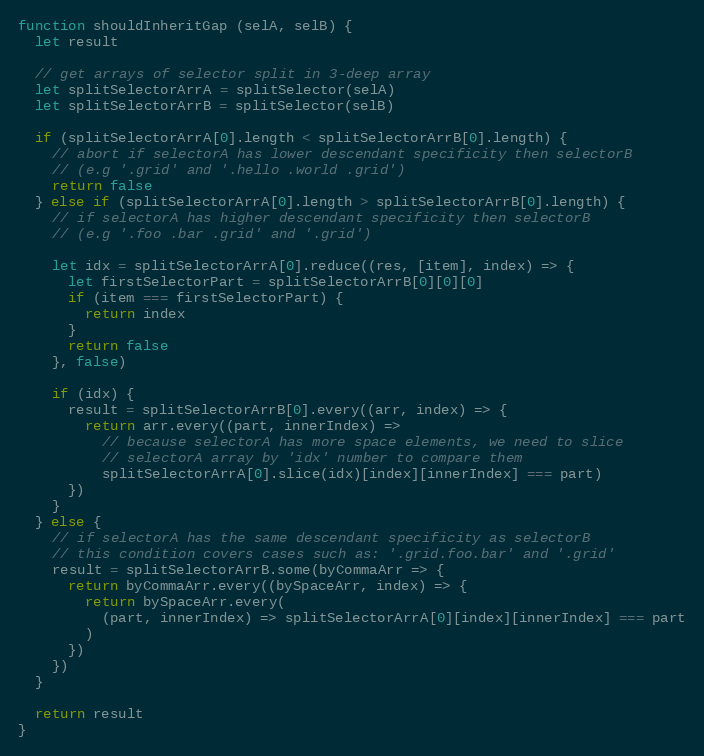
Language: JavaScript
function shouldInheritGap (selA, selB) {
  let result

  // get arrays of selector split in 3-deep array
  let splitSelectorArrA = splitSelector(selA)
  let splitSelectorArrB = splitSelector(selB)

  if (splitSelectorArrA[0].length < splitSelectorArrB[0].length) {
    // abort if selectorA has lower descendant specificity then selectorB
    // (e.g '.grid' and '.hello .world .grid')
    return false
  } else if (splitSelectorArrA[0].length > splitSelectorArrB[0].length) {
    // if selectorA has higher descendant specificity then selectorB
    // (e.g '.foo .bar .grid' and '.grid')

    let idx = splitSelectorArrA[0].reduce((res, [item], index) => {
      let firstSelectorPart = splitSelectorArrB[0][0][0]
      if (item === firstSelectorPart) {
        return index
      }
      return false
    }, false)

    if (idx) {
      result = splitSelectorArrB[0].every((arr, index) => {
        return arr.every((part, innerIndex) =>
          // because selectorA has more space elements, we need to slice
          // selectorA array by 'idx' number to compare them
          splitSelectorArrA[0].slice(idx)[index][innerIndex] === part)
      })
    }
  } else {
    // if selectorA has the same descendant specificity as selectorB
    // this condition covers cases such as: '.grid.foo.bar' and '.grid'
    result = splitSelectorArrB.some(byCommaArr => {
      return byCommaArr.every((bySpaceArr, index) => {
        return bySpaceArr.every(
          (part, innerIndex) => splitSelectorArrA[0][index][innerIndex] === part
        )
      })
    })
  }

  return result
}